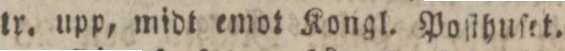
tr. upp, midt emot Kongl. Poſthuſet.